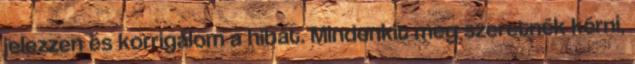
jelezzen és korrigálom a hibát. Mindenkit meg szeretnék kérni,